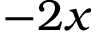
- 2 x